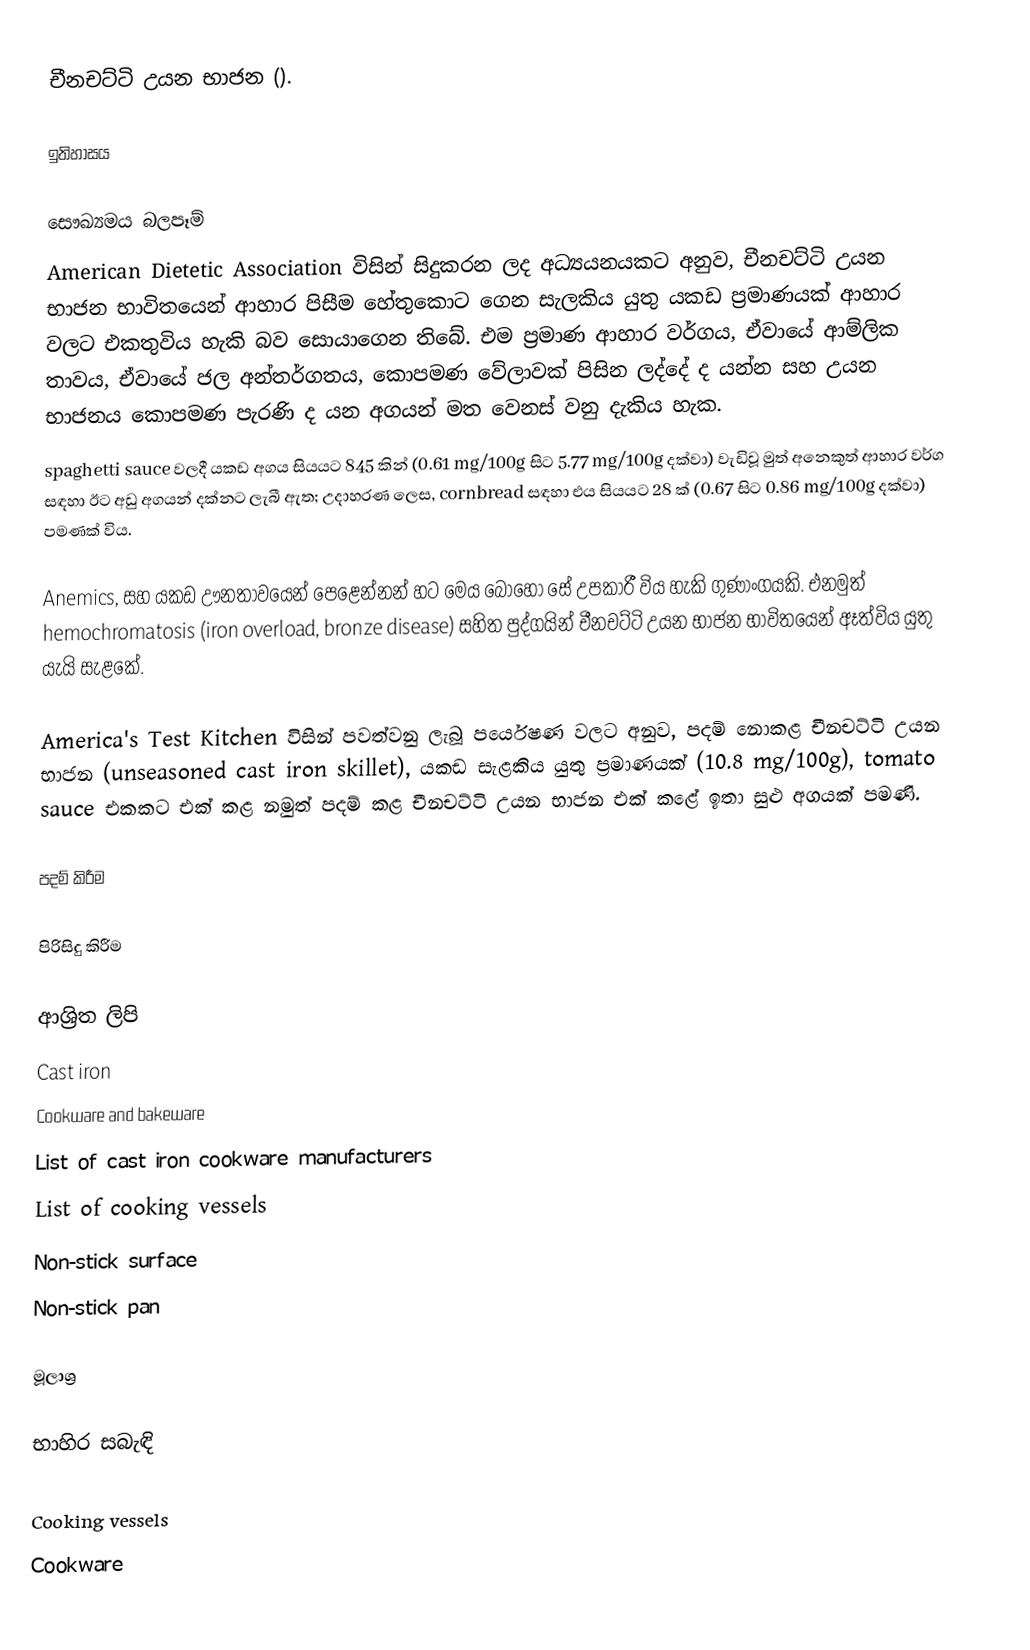
චීනචට්ටි උයන භාජන ().

ඉතිහාසය

සෞඛ්‍යමය බලපෑම්
American Dietetic Association විසින් සිදුකරන ලද අධ්‍යයනයකට අනුව, චීනචට්ටි උයන භාජන භාවිතයෙන් ආහාර පිසීම හේතුකොට ගෙන සැලකිය යුතු යකඩ ප්‍රමාණයක් ආහාර වලට එකතුවිය හැකි බව සොයාගෙන තිබේ. එම ප්‍රමාණ ආහාර වර්ගය, ඒවායේ ආම්ලික තාවය, ඒවායේ ජල අන්තර්ගතය, කොපමණ වේලාවක් පිසින ලද්දේ ද යන්න සහ උයන භාජනය කොපමණ පැරණි ද යන අගයන් මත වෙනස් වනු දැකිය හැක.
spaghetti sauce වලදී යකඩ අගය සියයට 845 කින් (0.61 mg/100g සිට 5.77 mg/100g දක්වා) වැඩිවූ මුත් අනෙකුත් ආහාර වර්ග සඳහා ඊට අඩු අගයන් දක්නට ලැබී ඇත; උදාහරණ ලෙස, cornbread සඳහා එය සියයට 28 ක් (0.67 සිට 0.86 mg/100g දක්වා) පමණක් විය.

Anemics, සහ යකඩ ඌනතාවයෙන් පෙළෙන්නන් හට මෙය බොහෝ සේ උපකාරී විය හැකි ගුණාංගයකි. එනමුත් hemochromatosis (iron overload, bronze disease) සහිත පුද්ගයින් චීනචට්ටි උයන භාජන භාවිතයෙන් ඈත්විය යුතු යැයි සැළකේ.

America's Test Kitchen විසින් පවත්වනු ලැබූ පර්යෙෂණ වලට අනුව, පදම් නොකළ චීනචට්ටි උයන භාජන (unseasoned cast iron skillet), යකඩ සැළකිය යුතු ප්‍රමාණයක් (10.8 mg/100g), tomato sauce එකකට එක් කළ නමුත් පදම් කළ චීනචට්ටි උයන භාජන එක් කළේ ඉතා සුළු අගයක් පමණි.

පදම් කිරීම

පිරිසිදු කිරීම

ආශ්‍රිත ලිපි
 Cast iron
 Cookware and bakeware
 List of cast iron cookware manufacturers
 List of cooking vessels
 Non-stick surface
 Non-stick pan

මූලාශ්‍ර

භාහිර සබැඳි

Cooking vessels
Cookware